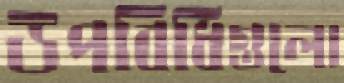
উপবিধিগুলো